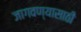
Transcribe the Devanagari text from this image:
जागवण्यासाठी